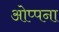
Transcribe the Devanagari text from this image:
ओप्पना